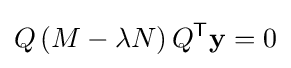
Q\left(M-\lambda N\right)Q^{\mathsf {T}}\mathbf {y} =0